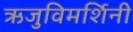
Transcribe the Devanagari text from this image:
ऋजुविमर्शिनी